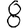
Digit: 8